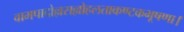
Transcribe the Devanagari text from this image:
वामपादोल्लसल्लोहलताकण्टकभूषणा।